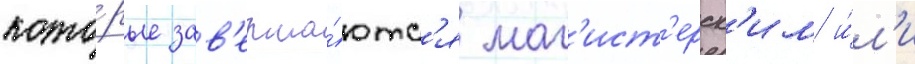
кото́рые зав'ерша́ютс'я маг'ист'ерск'им и́л'и